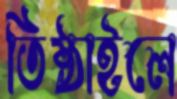
তিষ্ঠাইলে